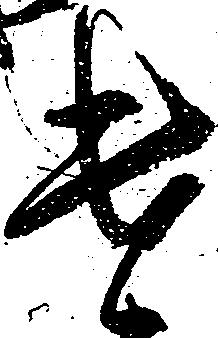
遣